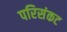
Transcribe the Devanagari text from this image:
परिसंकट